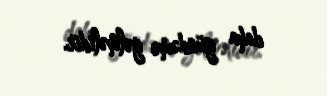
daha gündəmə gəlməlidir.